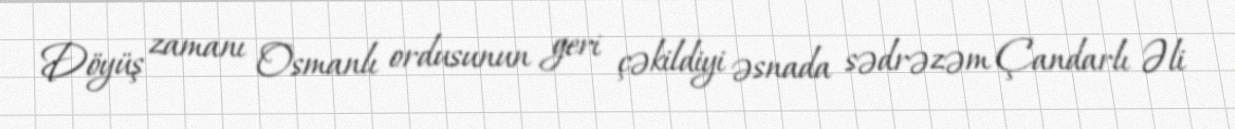
Döyüş zamanı Osmanlı ordusunun geri çəkildiyi əsnada sədrəzəm Çandarlı Əli